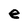
Character: e